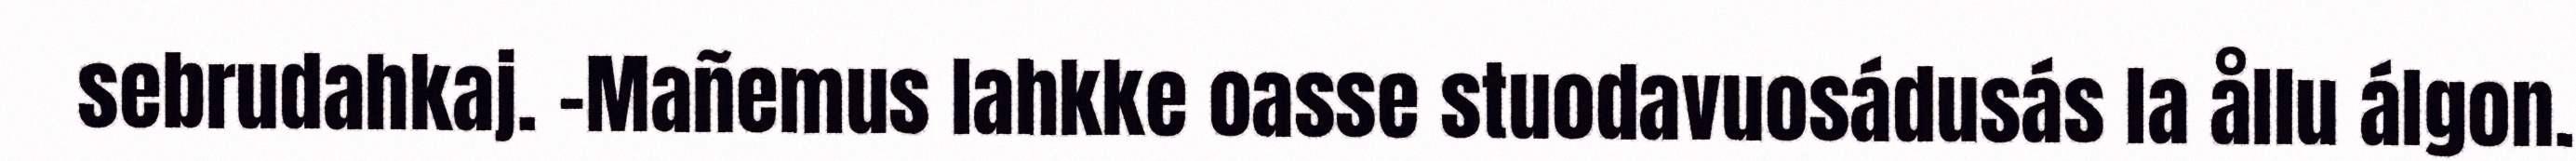
sebrudahkaj. -Mañemus lahkke oasse stuodavuosádusás la ållu álgon.